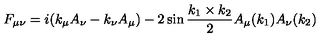
F _ { \mu \nu } = i ( k _ { \mu } A _ { \nu } - k _ { \nu } A _ { \mu } ) - 2 \sin \frac { k _ { 1 } \times k _ { 2 } } { 2 } A _ { \mu } ( k _ { 1 } ) A _ { \nu } ( k _ { 2 } )